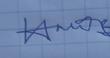
Signature authenticity: genuine